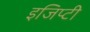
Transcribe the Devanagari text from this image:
इजिप्टी